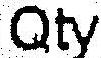
QTY